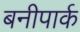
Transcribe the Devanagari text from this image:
बनीपार्क